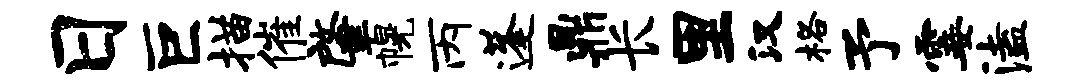
日巨描催肇幌丙蓬鼎长里汉格予霎溘